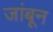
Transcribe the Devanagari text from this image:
जांबून